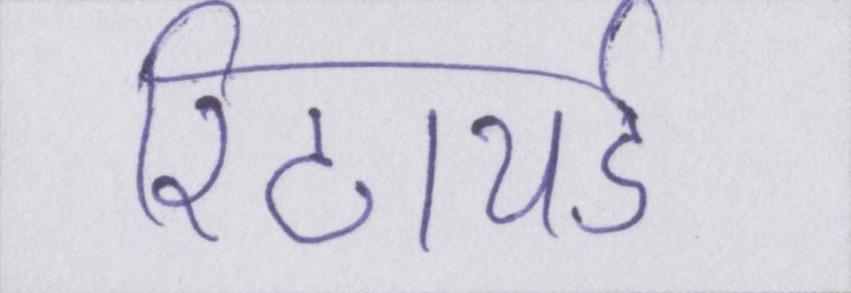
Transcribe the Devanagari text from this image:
रिटायर्ड